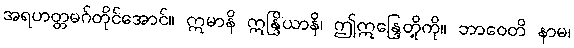
အရဟတ္တမဂ်တိုင်အောင်။ ဣမာနိ ဣန္ဒြိယာနိ၊ ဤဣန္ဒြေတို့ကို။ ဘာဝေတိ နာမ၊